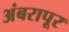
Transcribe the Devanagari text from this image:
अंबरापूर